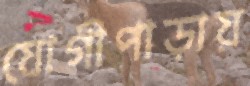
যোগীপাড়ায়